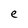
Character: e